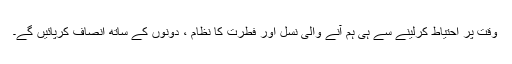
وقت پر احتیاط کرلینے سے ہی ہم آنے والی نسل اور فطرت کا نظام ، دونوں کے ساتھ انصاف کرپائیں گے۔